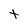
Character: t